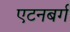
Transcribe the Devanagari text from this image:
एटनबर्ग